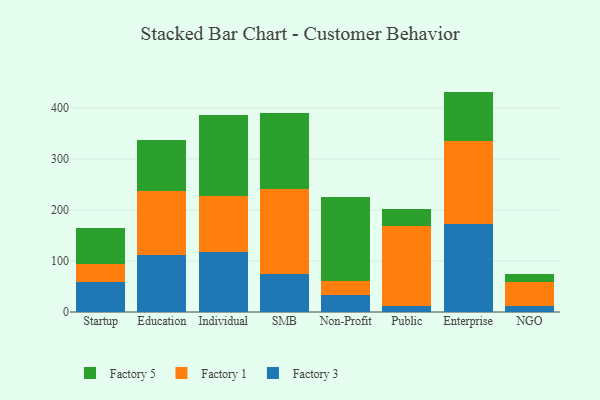
{"axis": {"x": "Segment", "y": "Inventory Turnover"}, "legend": ["Factory 1", "Factory 3", "Factory 5"], "data": [{"x": "Startup", "y": 58.6, "type": "Factory 3"}, {"x": "Startup", "y": 34.7, "type": "Factory 1"}, {"x": "Startup", "y": 71.8, "type": "Factory 5"}, {"x": "Education", "y": 111.2, "type": "Factory 3"}, {"x": "Education", "y": 125.2, "type": "Factory 1"}, {"x": "Education", "y": 99.8, "type": "Factory 5"}, {"x": "Individual", "y": 117.4, "type": "Factory 3"}, {"x": "Individual", "y": 110.4, "type": "Factory 1"}, {"x": "Individual", "y": 159.0, "type": "Factory 5"}, {"x": "SMB", "y": 74.8, "type": "Factory 3"}, {"x": "SMB", "y": 165.4, "type": "Factory 1"}, {"x": "SMB", "y": 150.8, "type": "Factory 5"}, {"x": "Non-Profit", "y": 32.8, "type": "Factory 3"}, {"x": "Non-Profit", "y": 27.8, "type": "Factory 1"}, {"x": "Non-Profit", "y": 164.4, "type": "Factory 5"}, {"x": "Public", "y": 12.6, "type": "Factory 3"}, {"x": "Public", "y": 155.3, "type": "Factory 1"}, {"x": "Public", "y": 34.5, "type": "Factory 5"}, {"x": "Enterprise", "y": 173.0, "type": "Factory 3"}, {"x": "Enterprise", "y": 161.7, "type": "Factory 1"}, {"x": "Enterprise", "y": 97.3, "type": "Factory 5"}, {"x": "NGO", "y": 12.7, "type": "Factory 3"}, {"x": "NGO", "y": 46.1, "type": "Factory 1"}, {"x": "NGO", "y": 15.7, "type": "Factory 5"}]}